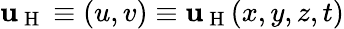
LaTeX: \mathbf{u}_{\mathrm{~H~}}\equiv(u,v)\equiv\mathbf{u}_{\mathrm{~H~}}(x,y,z,t)